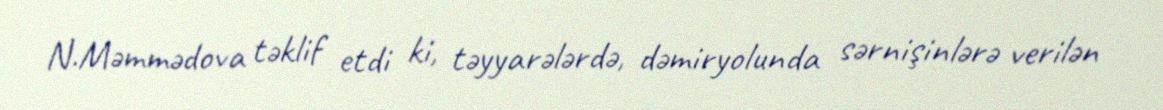
N.Məmmədova təklif etdi ki, təyyarələrdə, dəmiryolunda sərnişinlərə verilən